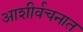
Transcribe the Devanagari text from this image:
आशीर्वचनात